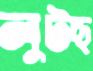
লুটছ